Indian journal of veterinary science and animal husbandry - Volumes 18-21, 1948-1951
Year: 1948
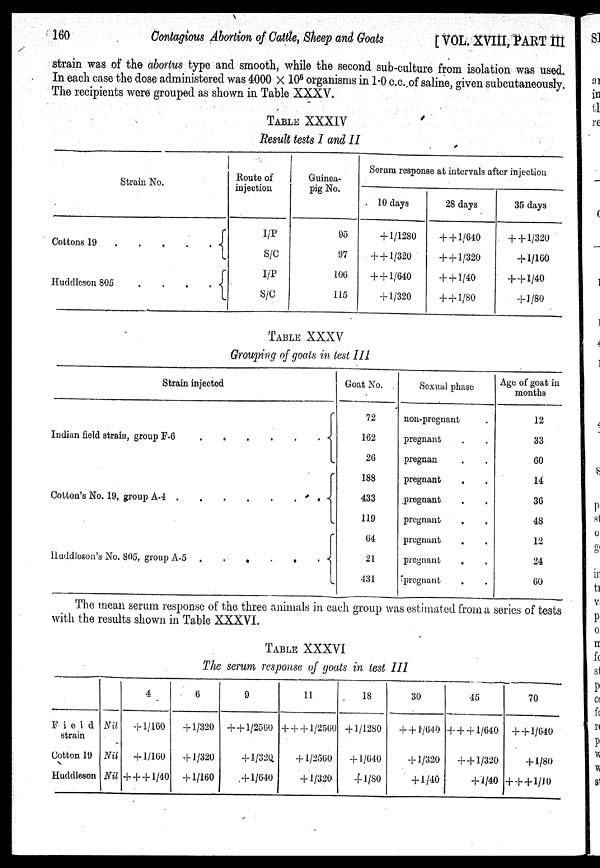
160
Contagious Abortion of Cattle, Sheep and Goats
[VOL. XVIII, PART III
strain was of the abortus type and smooth, while the second sub-culture from isolation was used.
In each case the dose administered was 4000 × 10 6 organisms in 1.0 c.c. of saline, given subcutaneously.
The recipients were grouped as shown in Table XXXV.
TABLE XXXIV
Result tests I and II
Strain No.
Cottons 19
.
.
.
.
.
Huddleson 805
.
.
.
.
Route of
injection
I/P
S/C
I/P
S/C
Guinea
pig No.
95
97
106
115
Serum response at intervals after injection
10 days
+ 1/1280
++1/320
++1/640
+ 1/320
28 days
++1/640
++1/320
+ + 1/40
+ + 1/80
35 days
++1/320
+1/160
+ + 1/40
+ 1/80
TABLE XXXV
Grouping of goats in test III
Strain injected
Indian field strain, group F-6
.
.
.
.
.
.
Cotton's No. 19, group A-4
.
.
.
.
.
.
Huddloson's No. 805, group A-5
.
.
.
.
.
.
Goat No.
72
162
26
188
433
119
64
21
431
Sexual phase
non-pregnant .
pregnant . .
pregnan . .
pregnant . .
pregnant . .
pregnant . .
pregnant . .
pregnant . .
pregnant . .
Age of goat in
months
12
33
60
14
36
48
12
24
60
The mean serum response of the three animals in each group was estimated from a series of tests
with the results shown in Table XXXVI.
TABLE XXXVI
The serum response of goats in test III
Field
strain
Cotton 19
Huddleson
Nil
Nil
Nil
4
+1/160
+ 1/160
+ + + 1/40
6
+ 1/320
+ 1/320
+1/160
9
++1/2560
+1/320
+ 1/640
11
+++1/2560
+1/2560
+ 1/320
18
+ 1/1280
+1/640
+1/80
30
++1/640
+1/320
+ 1/40
45
+++1/640
++1/320
+ 1/40
70
++1/640
+ 1/80
+++1/10